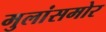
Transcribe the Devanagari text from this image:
मुलांसमोर